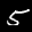
Label: 5